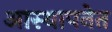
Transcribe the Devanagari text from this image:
आस्थापनेत